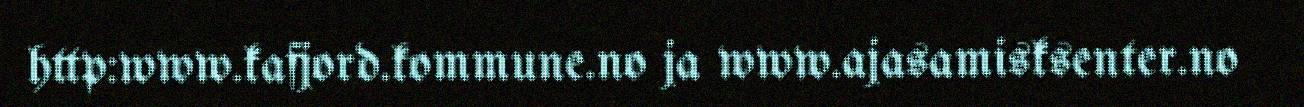
http:www.kafjord.kommune.no ja www.ajasamisksenter.no